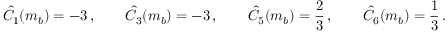
\hat { C } _ { 1 } ( m _ { b } ) = - 3 \, , \qquad \hat { C } _ { 3 } ( m _ { b } ) = - 3 \, , \qquad \hat { C } _ { 5 } ( m _ { b } ) = { \frac { 2 } { 3 } } \, , \qquad \hat { C } _ { 6 } ( m _ { b } ) = { \frac { 1 } { 3 } } \, .